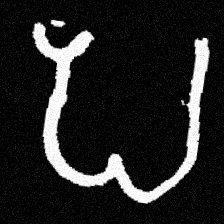
Pyu character \u2014 Myanmar letter: ပ (romanized: pa)